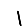
Digit: 1